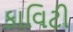
કાવિટી